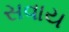
સવાય